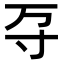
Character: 𭔩